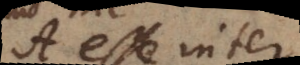
A esse inter